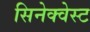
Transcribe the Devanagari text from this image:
सिनेक्वेस्ट